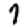
Digit: 7